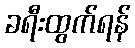
ခရီးထွက်ရန်